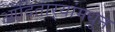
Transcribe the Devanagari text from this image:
आदितार्‍यांमधून